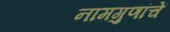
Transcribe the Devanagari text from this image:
नामगुणांचें